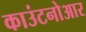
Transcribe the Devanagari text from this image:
काउंटनोआर